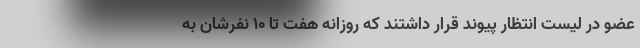
عضو در لیست انتظار پیوند قرار داشتند که روزانه هفت تا ۱۰ نفرشان به